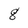
Character: 8